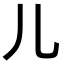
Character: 儿